Annual report of the Central Committee of the Association together with the report of the directors of the Pasteur Institute at Kasauli
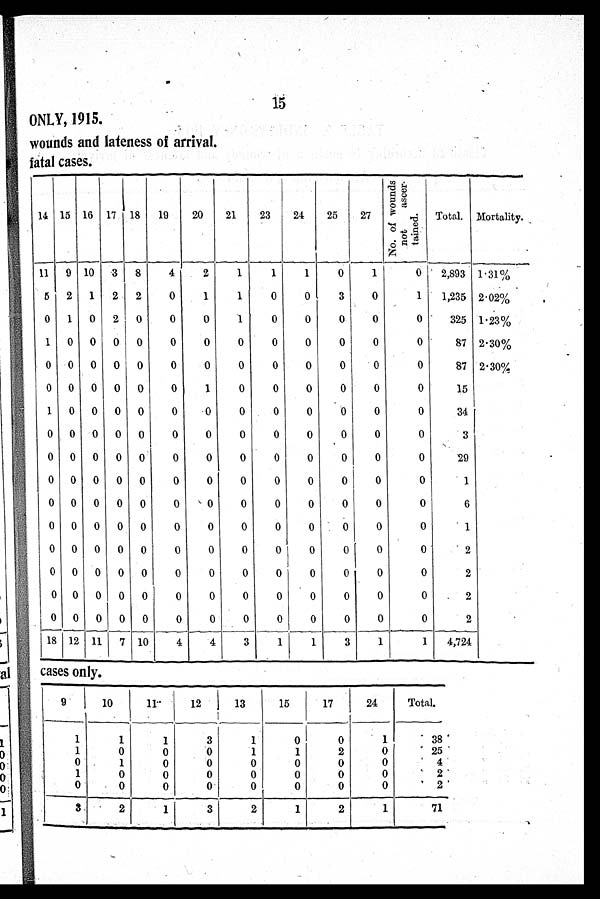
15
ONLY, 1915.
wounds and lateness of arrival.
fatal cases.
r.. tn
'''
.
t
0 0
0 ri 2
c' l
14
15
16 17 18
19
2 0
21
23
24
25
27
No. of
wounds not ascer-
tained.
Total. Mortality.
11 9 10 3 8
4
2
1
1
1
0
1
0
2,893
1·31%
5 2 1 2 2
0
1
1
0
0
3
0
1
1,235 2.02%
0 1 0 2 0
0
0
1
0
0
0
0
0
325 1.23%
1 0 0 0 0
0
0
0
0
0
0
0
0
87 2.30%
0 0 0 0 0
0
0
0
0
0
0
0
0
87 2.30%
0 0
0 0 0
0
1
0
0
0
0
0
0
15
1 0 0 0 0
0
0
0
0
0
0
0
0
34
0 0 0 0 0
0
0
0
0
0
0
0
0
3
0 0 0 0 0
0
0
0
0
0
0
0
0
29
0 0 0 0 0
0
0
0
0
0
0
0
0
1
0 0 0 0 0
0
0 0
0
0
0
0
0
6
0 0 0 0 0
0
0
0
0
0
0
0
0
1
0 0 0 0 0
0
0
0
0
0
0
0
0
2
0 0 0 0 0
0
0
0
0
0
0
0
0
2
0 0 0 0
0
0
0
0
0
0
0
0
0
2
0 0 0 0 0
0
0
0
0
0
0
0
0
2
18 12 11 7 10
4
4
3
1
1
3
1
1
4,724
cases only.
9
10
11
12
13
15
17
24
Total.
1
1
1
3
1
0
0
1
38
1
0
0
0
1
1
2
0
25
0
1
0
0
0
0
0
0
4
1
0
0
0
0
0
0
0
2
0
0
0
0
0
0
0
0
2
3
2
1
3
2
1
2
1
71